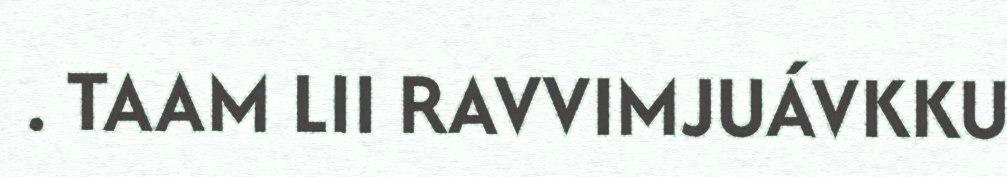
. TAAM LII RAVVIMJUÁVKKU